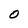
Character: O